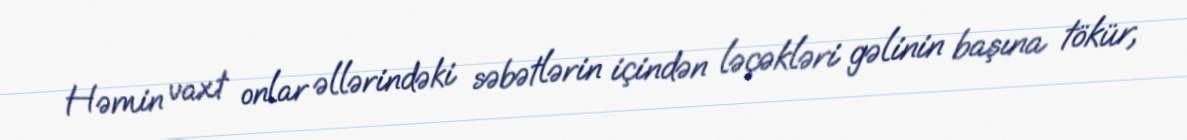
Həmin vaxt onlar əllərindəki səbətlərin içindən ləçəkləri gəlinin başına tökür,